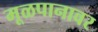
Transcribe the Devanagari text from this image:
मूळपानावर